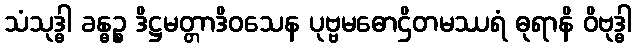
သံသုဒ္ဓါ ခန္ဓဉ္စ ဒိဋ္ဌမတ္တာဒိဝသေန ပုဗ္ဗမဓောဌိတမဿရံ ဓုရာနိ ဝိဗုဒ္ဓါ